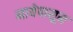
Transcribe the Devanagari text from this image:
मायेपासून